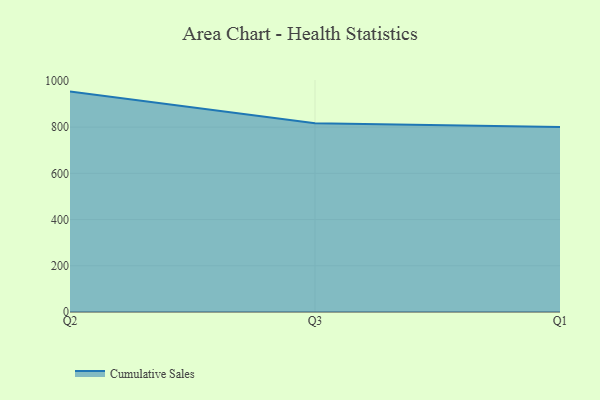
{"axis": {"x": "Quarter", "y": "Inventory Turnover"}, "legend": ["Cumulative Sales"], "data": [{"x": "Q2", "y": 953.6, "type": "Cumulative Sales"}, {"x": "Q3", "y": 816.5, "type": "Cumulative Sales"}, {"x": "Q1", "y": 800, "type": "Cumulative Sales"}]}